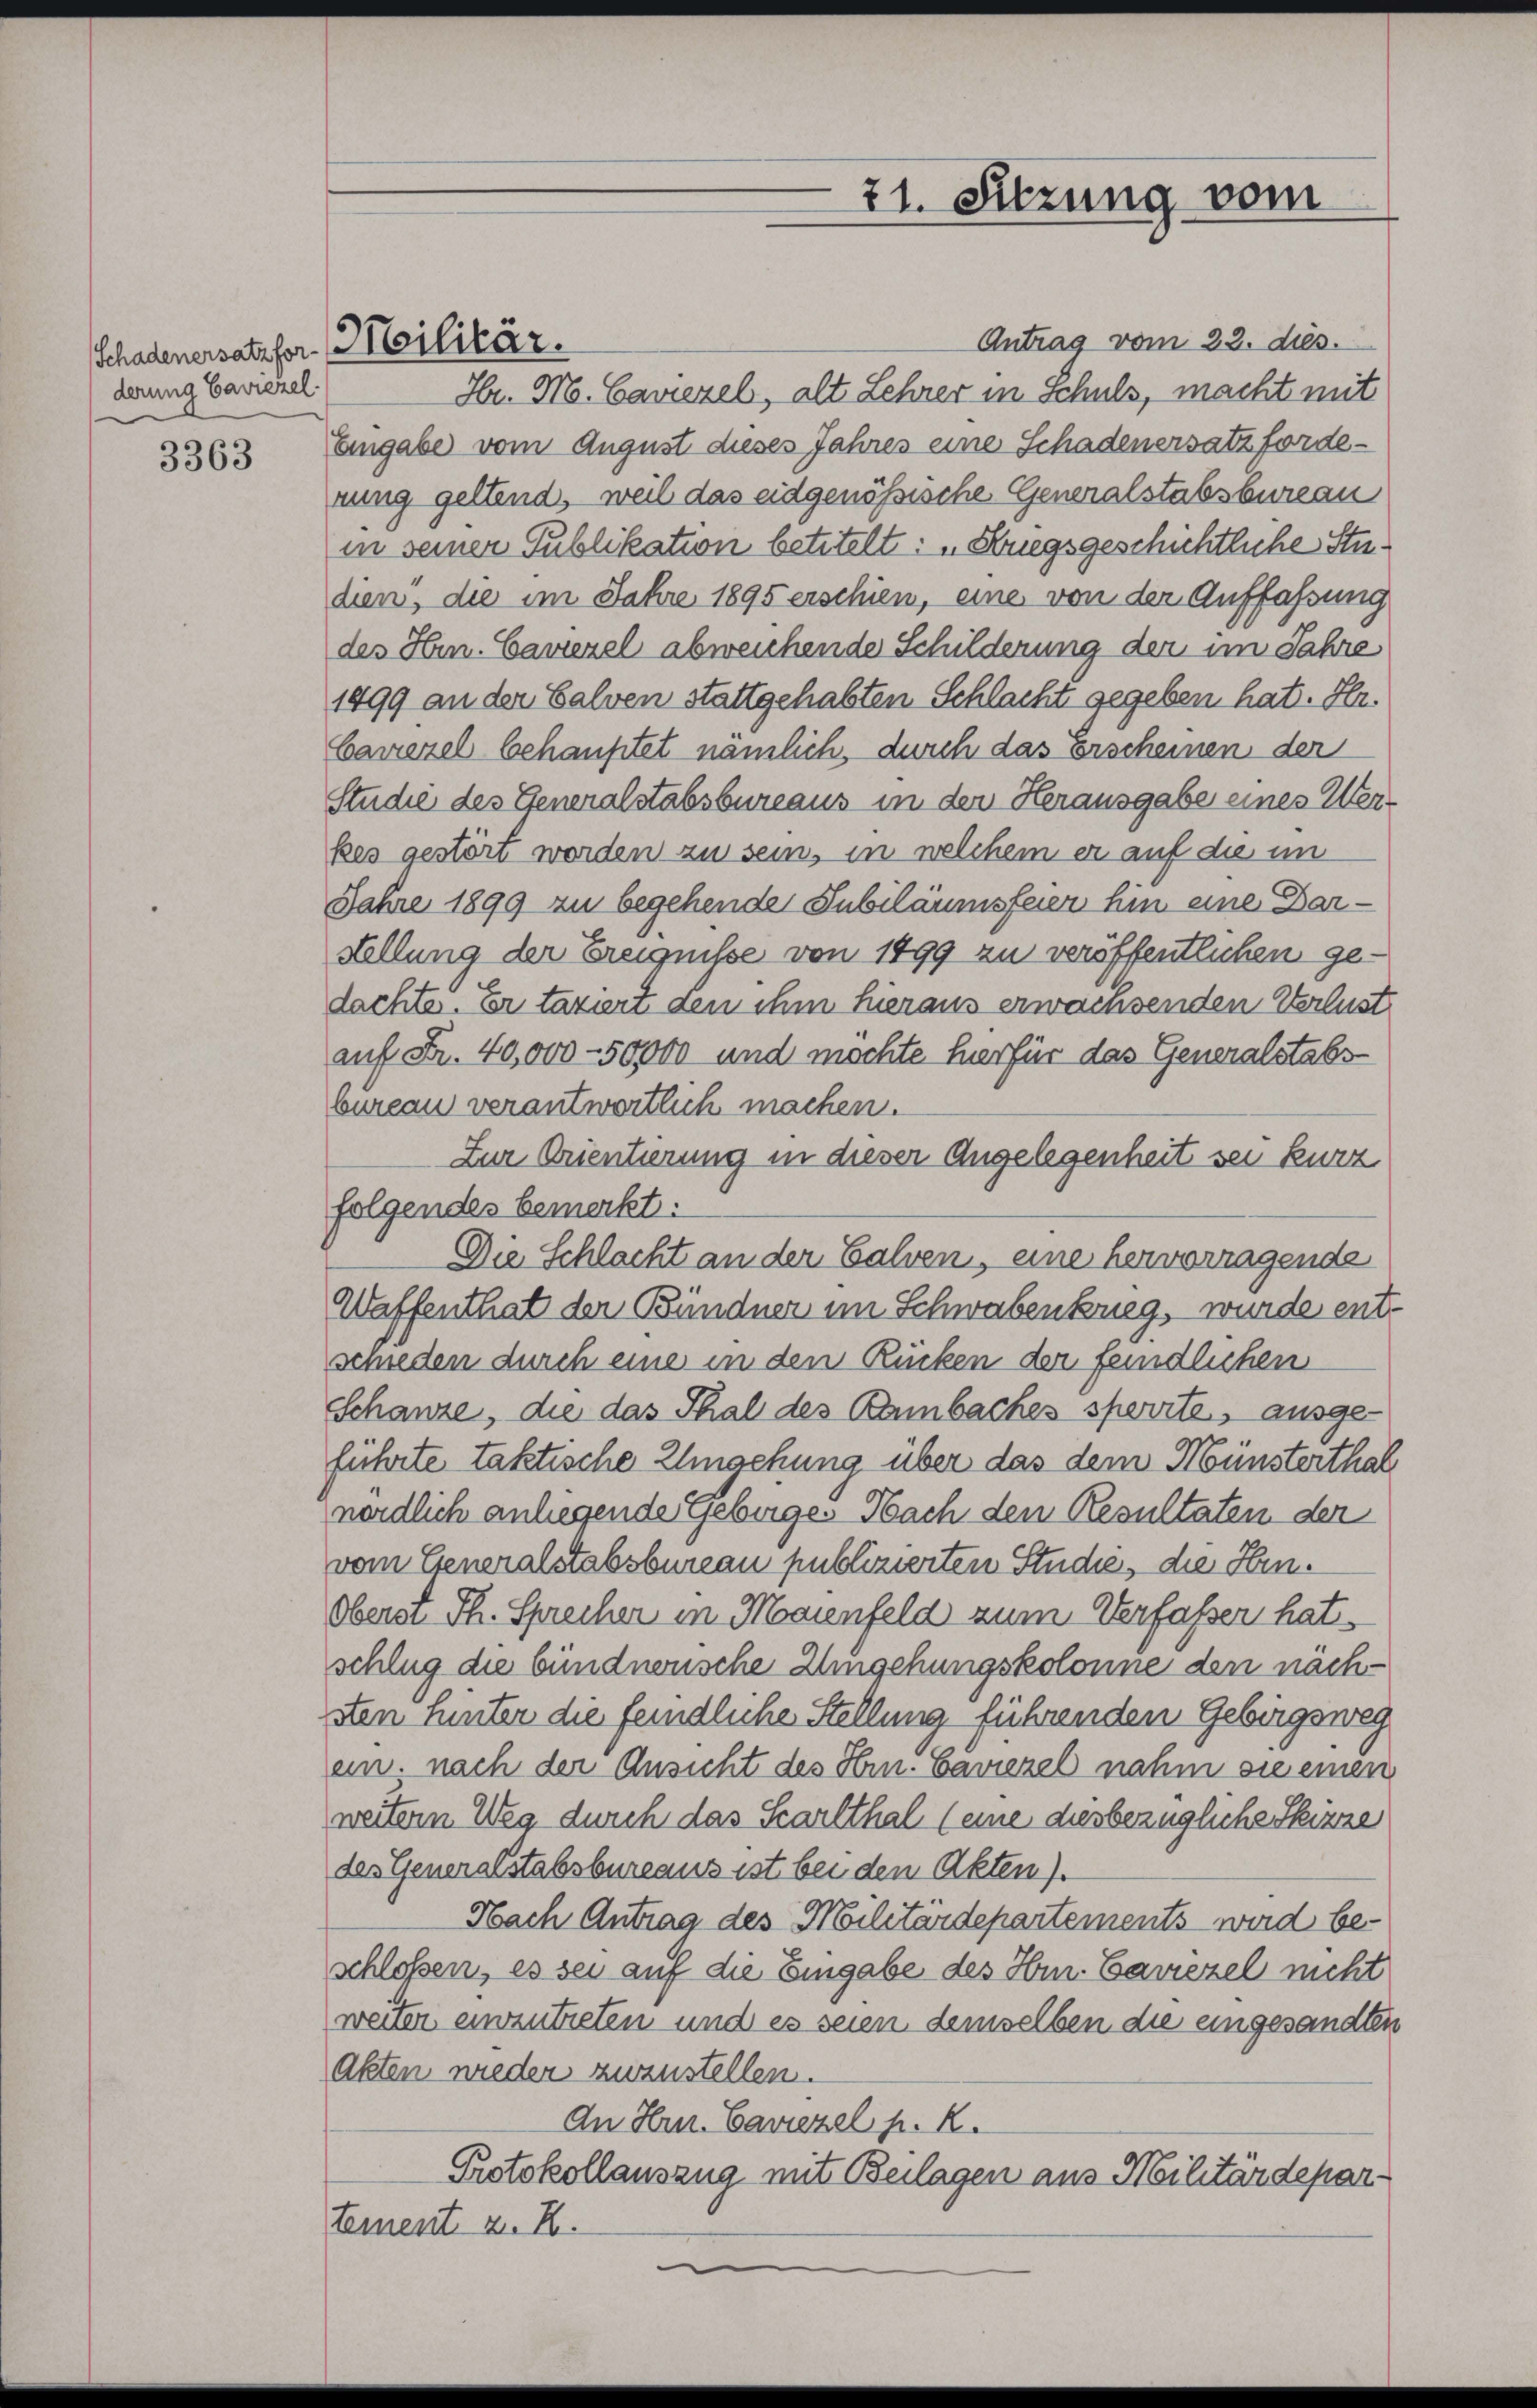
derung Baviezel

3363

Schadenersatzfor. Militär.

Antrag vom 22. ds.
Hr. M. Caviezel, alt Lehrer in Schuls, macht mit
Eingabe vom August dieses Jahres eine Schadenersatzforderung geltend, weil das eidgenößische Generalstabsbureau
in seiner Publikation betitelt: „Kriegsgeschichtliche Studien, die im Jahre 1895 erschien, eine von der Auffassung
des Hrn. Camerel abweichende Schilderung der im Jahre
1899 an der Salven stattgehabten Schlacht gegeben hat. Hr.
Cawiezel behauptet nämlich, durch das Erscheinen der
Studié des Generalstabsbureaus in der Herausgabe eines Werkes gestört worden zu sein, in welchem er auf die im
Jahre 1899 zu begehende Jubiläumsfeier hin eine Darstellung der Ereignisse von 1899 zu veröffentlichen gedachte. Er taxiert den ihm hieraus erwachsenden Verlust
auf Fr. 40,000 - 50000 und möchte hierfür das Generalstabsbureau verantwortlich machen.
Zur Orientierung in dieser Angelegenheit sei kurz
folgendes bemerkt:
Die Schlacht an der Galven, eine hervorragende
Waffenthat der Bündner im Schwabenkrieg, wurde entschieden durch eine in den Rücken der feindlichen
Schanze, die das Thal des Bambaches sperrte, ausgeführte taktische Eingehung über das dem Münsterthal
nördlich anliegende Gebirges Nach den Resultaten der
vom Generalstabsbureau publizierten Studie, die Hin¬
Oberst Th. Sprecher in Maienfeld zum Verfasser hat
schlug die bündnonsche Umgehungskolonne den nächsten hinter die feindliche Stellung führenden Gebirgsweg
ein. nach der Ansicht des Hrn. Baviezel nahm sie einen
weitern Weg durch das Scartthal (eine diesbezügliche Skizze
des Generalstabsbureaus ist bei den Akten).
Nach Antrag des Militärdepartements wird be-
schloßen, es sei auf die Eingabe des Hrn. Cariezel nicht
weiter einzutreten und es seien demselben die eingesandten
Akten wieder zuzustellen.
An Hrn. Caviezel p. R.
Protokollauszug mit Beilagen aus Militärdepar-
tement z. B.

21. Sitzung vom